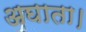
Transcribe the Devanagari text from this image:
अघाता।